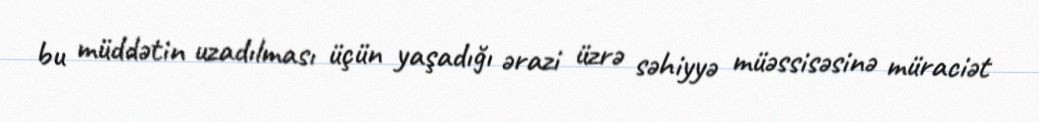
bu müddətin uzadılması üçün yaşadığı ərazi üzrə səhiyyə müəssisəsinə müraciət